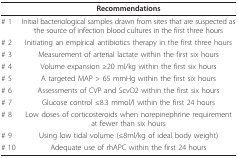
<table><thead><tr><td></td><td><b>Recommendations</b></td></tr></thead><tbody><tr><td># 1</td><td>Initial bacteriological samples drawn from sites that are suspected asthe source of infection blood cultures in the first three hours</td></tr><tr><td># 2</td><td>Initiating an empirical antibiotics therapy in the first three hours</td></tr><tr><td># 3</td><td>Measurement of arterial lactate within the first six hours</td></tr><tr><td># 4</td><td>Volume expansion ≥20 ml/kg within the first six hours</td></tr><tr><td># 5</td><td>A targeted MAP &gt; 65 mmHg within the first six hours</td></tr><tr><td># 6</td><td>Assessments of CVP and ScvO2 within the first six hours</td></tr><tr><td># 7</td><td>Glucose control ≤8.3 mmol/l within the first 24 hours</td></tr><tr><td># 8</td><td>Low doses of corticosteroids when norepinephrine requirement at fewer than six hours</td></tr><tr><td># 9</td><td>Using low tidal volume (≤8ml/kg of ideal body weight)</td></tr><tr><td># 10</td><td>Adequate use of rhAPC within the first 24 hours</td></tr></tbody></table>